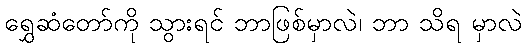
ရွှေဆံတော်ကို သွားရင် ဘာဖြစ်မှာလဲ၊ ဘာ သိရ မှာလဲ